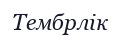
Тембрлік